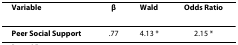
| Variable | β | Wald | Odds Ratio |
 | --- | --- | --- | --- |
 | Peer Social Support | .77 | 4.13 * | 2.15 * |